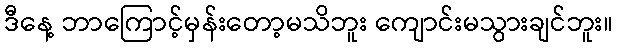
ဒီနေ့ ဘာကြောင့်မှန်းတော့မသိဘူး ကျောင်းမသွားချင်ဘူး။